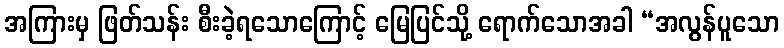
အကြားမှ ဖြတ်သန်း စီးခဲ့ရသောကြောင့် မြေပြင်သို့ ရောက်သောအခါ “အလွန်ပူသော